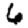
Digit: 6